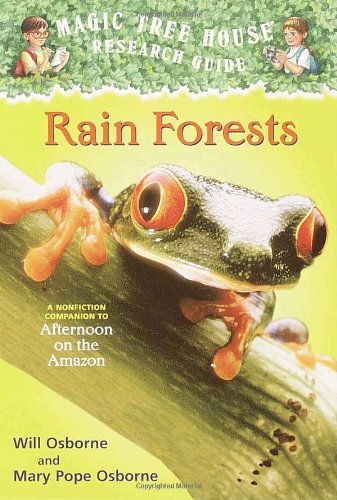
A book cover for Rain Forests (Magic Tree House Research Guide); Mary Pope Osborne; Science & Math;